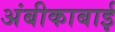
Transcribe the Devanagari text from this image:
अंबीकाबाई